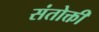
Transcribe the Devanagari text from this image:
संतोक्ती